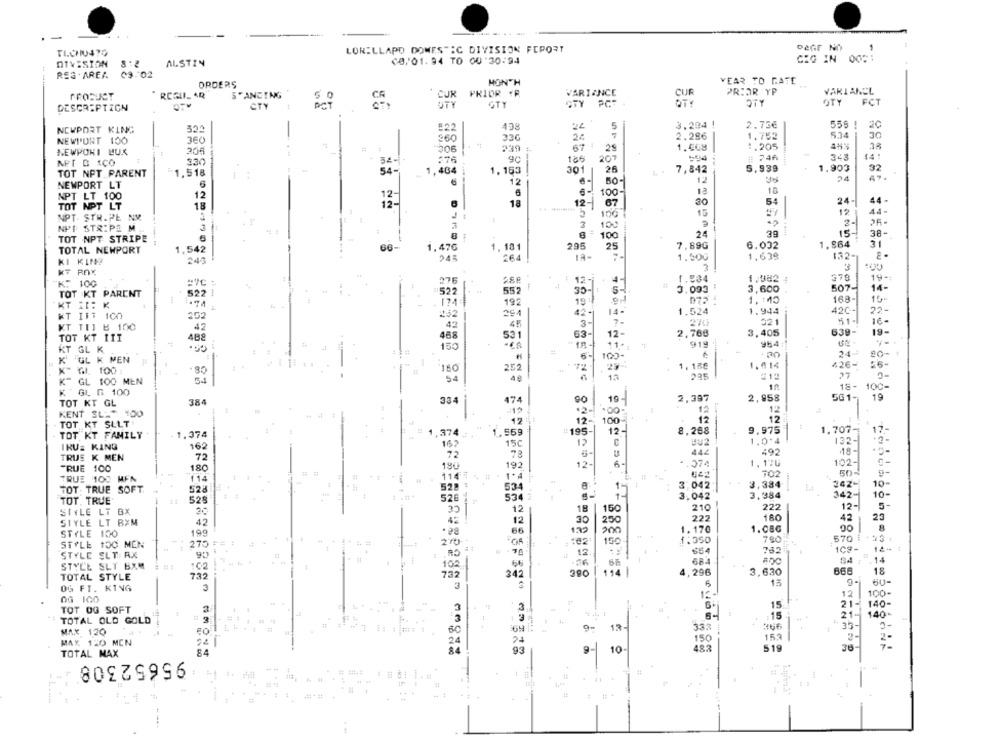
TICHU4?O
LORELLAPO DOMESTIC DIVISION FEPORT
DEGF NO
(8/01.94 TO 00 '30-94
GIG IN 0001
DIVISION
ALSTIN
REG AREA. 03.02
MONTH
WEAR TO DATE
ORDERS
VARIANCL
PRODUCT
5'ANDING
CUK
PRIOR .R
VARIANCE
CUR
PRIOR YP
50
STY
GTY
OTY PCT
QTY
OTY
FCT
DESCRIPTION
CTY
#22
438
5
3.294 !
2.73€
556
20
NEWPORT KING
-
534
30
NEWPORT 100
360
360
33G
2.286
1.752
206
67 1
29
1.568
1.205
NEWPOKI BUK
205
9c
343
14!
APT G ICO
330
54-
:76
186
207
# 246
54-
1,404
1,163
301
26
7,842
5,939
1.903
92
TOT NFT PARENT
1.518
24
47.
NEWPORT LT
12
12
100-
18
10
NPT LT 100
12
12-
30
54
24-
44-
TOT NPT LT
18
12-
18
12-
67
5
106
15
12
44-
NPT- STR. PL NM
2-
NPE STR:PE M
3
3
10
TOT NPT STRIPE
6
8
100
24
15-
38-
295
25
7,89G
6.032
1.864
31
TOTAL NEWPORT
1.542
66-
1.476
1.181
KI KING
243
245
264
1.500
1,639
132
3
KT ROX
K: 100
#VC:
276
12-
1.534
1.982 4
379
19-
522
552
30-1
3.093
3,600
507-
14-
TOT KT PARENT
5221
14
KT II: K
.74
174
192
19
1,140
168-
294
1.524
1,944
420 --
22-
KT ITT 100
252
42
14
16 -
KT TIT & 100
42
4:
45
3
270
021
468
63-
12-
2,768
3,405
539-
19-
TOT KT 11I
488
531
KT GL K
150
11.º1
919
954
#
6-
100
24-3
20-
K GL K MEN
426-
K- G. 100 1
.80
150
252
72
1, 18€
1.014
54
40
15
285
#12
K GL 100 MEN
54
19
18- 10℃-
K GL G 100
384
334
474
2,397
2,958
561- 19
TOT KT GL
.2-
12
12
KENT SL -* 100
.00
TOT KT SLLT
12
12-
100-
12
12
#:195-
12-
8,268
9,975
1.707-
17-
TOT KT FAMILY
1.374
1,374.
1.569
IRU: KING
162
162
15€
12
C
1.0*4
132-
5-
442
492
---
TRUE K MEN
72
78
TRUE 100
180
180
192
12-
.374
1.176
102-
1147
702
50-
TRUE 100 MEN
114
1.4
342-
10-
TOT. TRUE SOFT.
523
528
534
3.042
3.384
528
526
15
3.042
3,984
342-
10-
TOT. TRUE
222
12-
STYLE LT BX
20
30
12
18
CE
160
210
5-
12
250
222
180
42
23
SIYLE LT BXM
42
8
STYLE 100
199
66
132
1.170
1.080
10
1:350
790
570 #
STYLE 100 MEN
275
$54
762
109-
STYLE SLT: RX
12
STYLE SLT BXM
102
14
114
4,296
3,630
666
18
TOTAL STYLE
732
732
342
OG FT. KING
3
5
13
6U-
12
100-
OG ICO
140-
TOT OG SOFT
15
21-
:15
21- 140-
TOTAL OLD GOLD
35-
MAX 120
9-
12-
333
24
150
153
2-
MAX 120 MCN
NMON
TOTAL MAX
93
9-
10
482
519
DONK
95652308
#